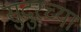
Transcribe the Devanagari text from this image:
सुदुरच्या